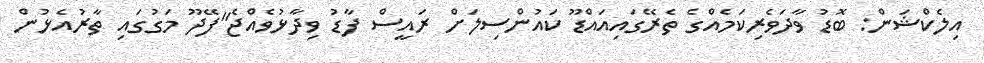
އިލެކްޝަން: ބޮޑު ވާދަވެރިކަމެއްގެ ތެރޭގައިއައްޑޫ ކައުންސިލަށް ރައީސް ފާޑު ވިދާޅުވެއްޖެ"ފޭދޫ މަގުގައި ތާރުއެޅުން